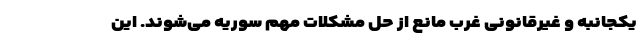
یکجانبه و غیرقانونی غرب مانع از حل مشکلات مهم سوریه می‌شوند. این